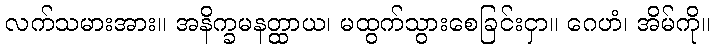
လက်သမားအား။ အနိက္ခမနတ္ထာယ၊ မထွက်သွားစေခြင်းငှာ။ ဂေဟံ၊ အိမ်ကို။